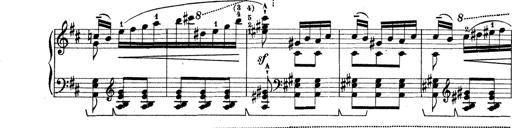
Title: Rapsodie: 19 ungheresi, 1 spagnuola
Composer: Franz Liszt